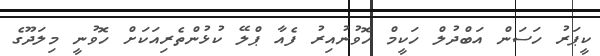
ކީޕަރު ހަސަން އަބްދުލް ހަކީމް ހޮވުނުއިރު ފެއާ ޕްލޭ ކުޅުންތެރިއަކަށް ހޮވުނީ މިލަދޫގެ